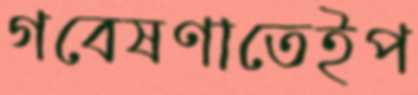
গবেষণাতেইপ